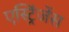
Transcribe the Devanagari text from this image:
एस्ट्रिंजेंस